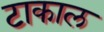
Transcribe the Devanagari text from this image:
टाकाल